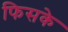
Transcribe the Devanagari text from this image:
फिसके